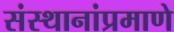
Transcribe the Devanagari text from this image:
संस्थानांप्रमाणे